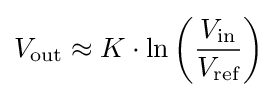
V_{\text{out}}\approx K\cdot \ln \left({\frac {V_{\text{in}}}{V_{\text{ref}}}}\right)